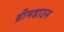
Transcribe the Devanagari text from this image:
ब्रीमडाउन